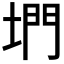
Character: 𡍜